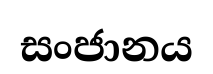
සංජානය